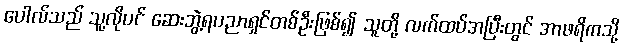
ပေါလ်သည် သူ့လိုပင် ဆေးဘွဲ့ရပညာရှင်တစ်ဦးဖြစ်၍ သူတို့ လက်ထပ်အပြီးတွင် အာဖရိကသို့